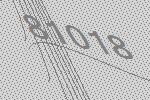
81018